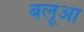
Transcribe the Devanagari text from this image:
बलूआ